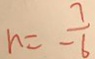
n = \frac { 7 } { - 6 }